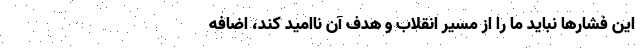
این فشار‌ها نباید ما را از مسیر انقلاب و هدف آن ناامید کند، اضافه